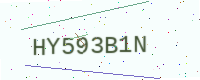
Text: HY593B1N